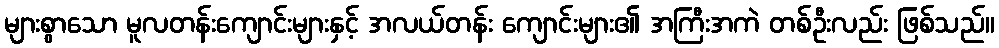
များစွာသော မူလတန်းကျောင်းများနှင့် အလယ်တန်း ကျောင်းများ၏ အကြီးအကဲ တစ်ဦးလည်း ဖြစ်သည်။